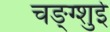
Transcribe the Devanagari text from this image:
चङ्ग्शुई